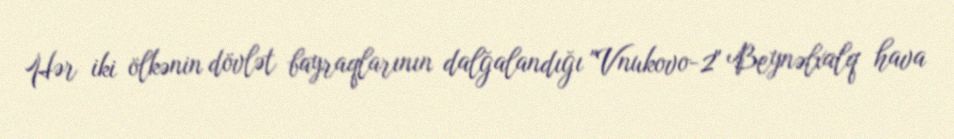
Hər iki ölkənin dövlət bayraqlarının dalğalandığı "Vnukovo-2" Beynəlxalq hava